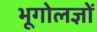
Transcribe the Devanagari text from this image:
भूगोलज्ञों